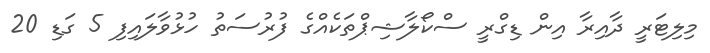
މިލިޓަރީ ދާއިރާ އިން ޑިގްރީ ސްކޯލާޝިޕްތަކެއްގެ ފުރުސަތު ހުޅުވާލައިފި 5 ގަޑި 20